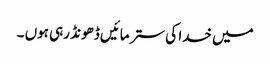
میں خدا کی ستر مائیں ڈھونڈ رہی ہوں ۔